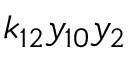
k _ { 1 2 } y _ { 1 0 } y _ { 2 }